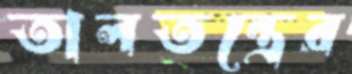
তালতন্ত্রের